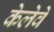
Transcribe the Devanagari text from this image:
केलेवे